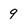
Character: g